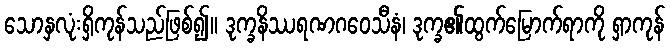
သောနှလုံးရှိကုန်သည်ဖြစ်၍။ ဒုက္ခနိဿရဏဂဝေသီနံ၊ ဒုက္ခ၏ထွက်မြောက်ရာကို ရှာကုန်